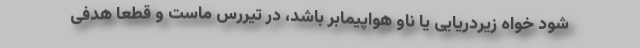
شود خواه زیردریایی یا ناو هواپیمابر باشد، در تیررس ماست و قطعا هدفی